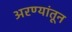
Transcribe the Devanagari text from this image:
अरण्यांतून